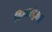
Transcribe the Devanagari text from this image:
विमलांबुजाची